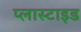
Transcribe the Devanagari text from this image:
प्लास्टाइड